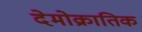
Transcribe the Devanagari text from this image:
देमोक्रातिक